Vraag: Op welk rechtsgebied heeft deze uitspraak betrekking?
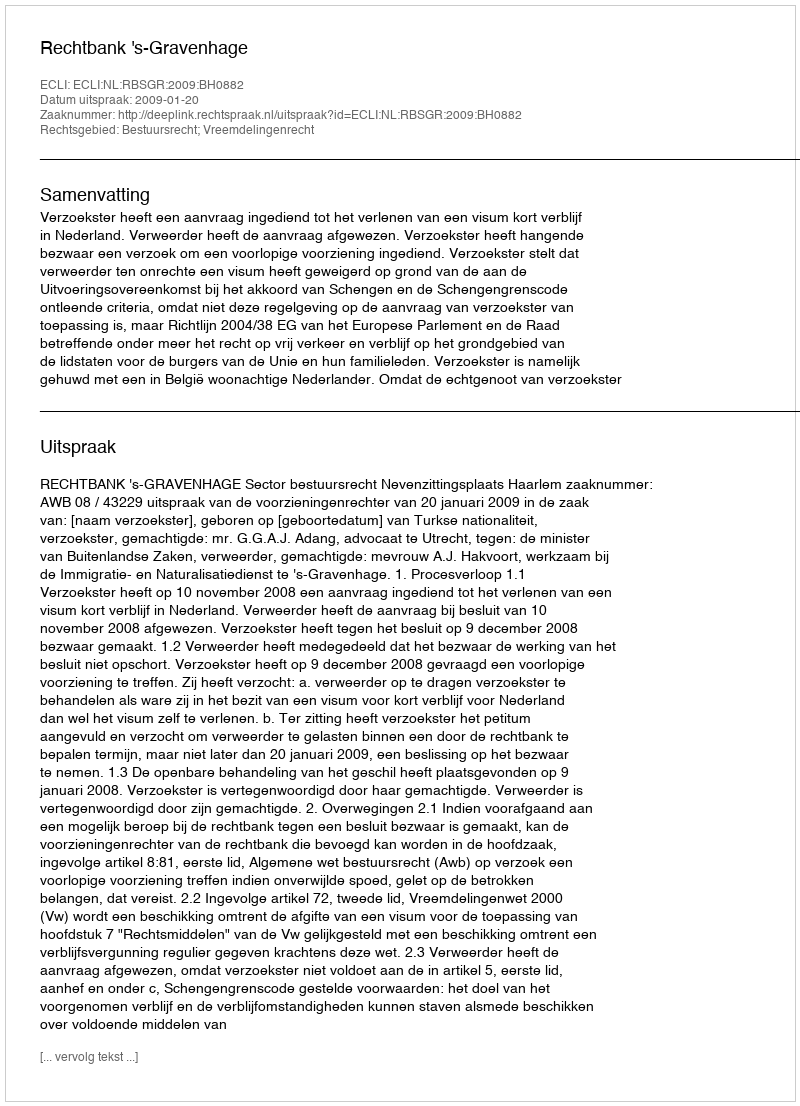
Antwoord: Bestuursrecht; Vreemdelingenrecht